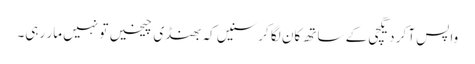
واپس آ کر دیگچی کے ساتھ کان لگا کر سنیں کہ بھنڈی چیخیں تو نہیں مار رہی۔